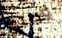
وطنه